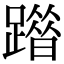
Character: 𨅦